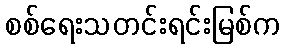
စစ်ရေးသတင်းရင်းမြစ်က